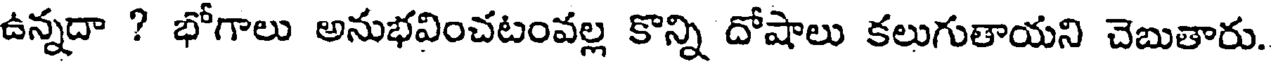
ఉన్నదా ? భోగాలు అనుభవించటంవల్ల కొన్ని దోషాలు కలుగుతాయని చెబుతారు.